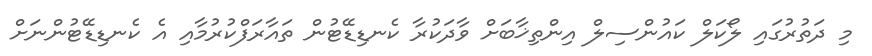
މި ދަތުރުގައި ލޯކަލް ކައުންސިލް އިންތިޚާބަށް ވާދަކުރާ ކެނޑިޑޭޓުން ތައާރަފްކުރުމާއި އެ ކެނޑިޑޭޓުންނަށް